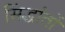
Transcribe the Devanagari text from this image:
सिंद्धांतों